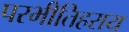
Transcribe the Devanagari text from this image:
परभीतिहराय